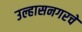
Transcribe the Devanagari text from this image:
उल्हासनगरचे